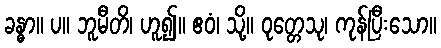
ခန္ဓာ။ ပ။ ဘူမီတိ၊ ဟူ၍။ ဧဝံ၊ သို့။ ဝုတ္တေသု၊ ကုန်ပြီးသော။